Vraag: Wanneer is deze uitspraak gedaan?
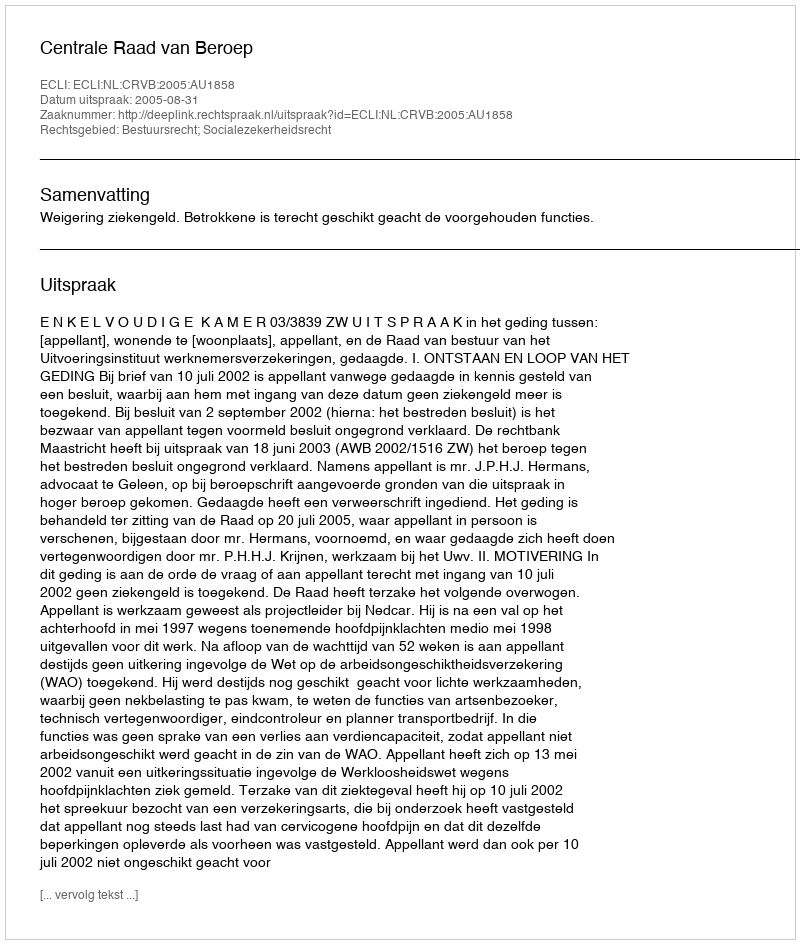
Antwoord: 2005-08-31